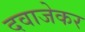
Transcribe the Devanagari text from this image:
दवाजेकर